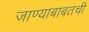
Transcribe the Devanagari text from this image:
जाण्याबाबतची